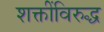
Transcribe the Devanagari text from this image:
शक्तींविरुद्ध